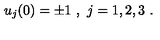
u _ { j } ( 0 ) = \pm 1 \ , \ j = 1 , 2 , 3 \ .